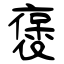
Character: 褒